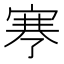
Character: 𰍉